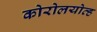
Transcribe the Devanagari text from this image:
कोरोलयोव्ह